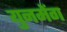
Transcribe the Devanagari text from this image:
युनमेंग